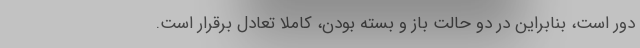
دور است، بنابراین در دو حالت باز و بسته بودن، کاملا تعادل برقرار است.